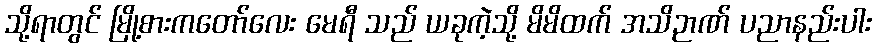
သို့ရာတွင် မြို့စားကတော်လေး မေရီ သည် ယခုကဲ့သို့ မိမိထက် အသိဉာဏ် ပညာနည်းပါး